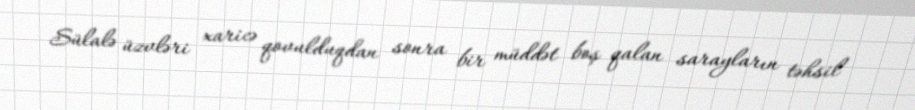
Sülalə üzvləri xaricə qovulduqdan sonra bir müddət boş qalan sarayların təhsil